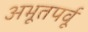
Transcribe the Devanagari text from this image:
अभूतपर्वू